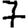
Digit: 7